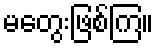
မတွေးဖြစ်ကြ။